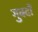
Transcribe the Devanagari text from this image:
गुक्दों